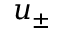
u _ { \pm }